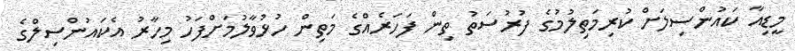
މީޑިއާ ކައުންސިލަށް ކުރިމަތިލުމުގެ ފުރުސަތު ތިން ފަހަރެއްގެ މަތިން ހުޅުވާލުމަށްފަހު މިހާރު އެކައުންސިލްގެ